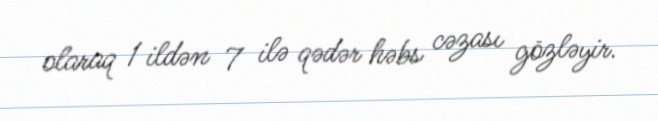
olaraq 1 ildən 7 ilə qədər həbs cəzası gözləyir.